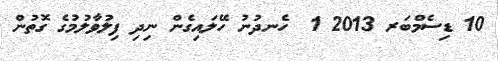
10 ޑިސެމްބަރ 2013 1  ހެނދުނު ހޭލައިގެން ނިދި ފިލުވާލުމުގެ ގޮތުން